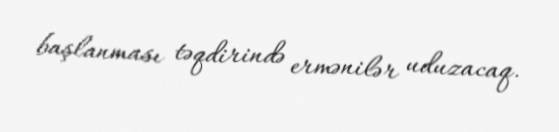
başlanması təqdirində ermənilər uduzacaq.